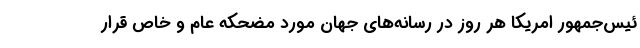
ئیس‌جمهور امریکا هر روز در رسانه‌های جهان مورد مضحکه عام و خاص قرار